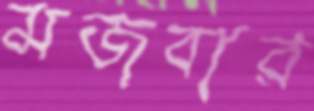
মজবার